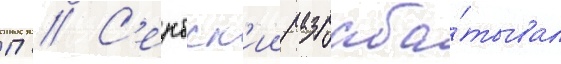
П // С'ербск'ии разраба́тывал